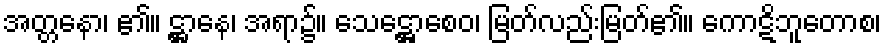
အတ္တနော၊ ၏။ ဋ္ဌာနေ၊ အရာ၌။ သေဋ္ဌောစေဝ၊ မြတ်လည်းမြတ်၏။ ကောဋိဘူတောစ၊